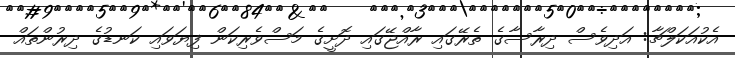
އެކުއަކަލްޗާ: އަދިވެސް ދިރާސާގެ ތެރޭގައި ރާއްޖޭގައި ދޮށީގެ މަސްވެރިކަން ފިޔަވައި ކަނޑުގެ ދިރުންތައް